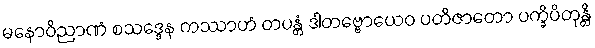
မနောဝိညာဏံ စသဒ္ဒေန ကဿာဟံ တပန္တံ ဒါတဗ္ဗောယေဝ ပတိဇာတော ပက္ခိပိတုန္တိ